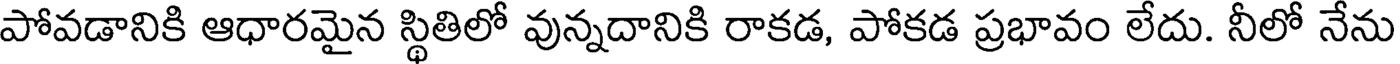
పోవడానికి ఆధారమైన స్థితిలో వున్నదానికి రాకడ, పోకడ ప్రభావం లేదు. నీలో నేను